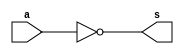
// ------------------------- 
// Exemplo0021
// Nome: Lucas Cardoso 
// -------------------------

// ------------------------- 
// -- C1 gate 
// ------------------------- 
module C1gate (output [7:0] s, input [7:0] a);
assign s = ~a ;
endmodule

// --------------------- 
// -- test and gate 
// --------------------- 
module testC1gate; 

// ------------------------- dados locais 
reg [7:0]a; // definir registradores 
wire [7:0]s; // definir conexao (fio) 

// ------------------------- instancia 
C1gate ComplementoDe1 (s,a);

// ------------------------- preparacao 
initial begin:start 
// atribuicao simultanea 
// dos valores iniciais 
a=8'b00000000;
end 

// ------------------------- parte principal 
initial begin 
$display("Exemplo0021 - Lucas Cardoso - 441694"); 
$display("Test C1gate"); 
$display("\na = s\n"); 
#1 $display("%8b = %8b", a, s); 
a = 2;
#1 $display("%8b = %8b", a, s); 
a = 4;
#1 $display("%8b = %8b", a, s);
a = 8; 
#1 $display("%8b = %8b", a, s);
a = 13; 
#1 $display("%8b = %8b", a, s);
a = 17; 
#1 $display("%8b = %8b", a, s); 
a = 29;
#1 $display("%8b = %8b", a, s); 
a = 46;
#1 $display("%8b = %8b", a, s); 
a = 69;
#1 $display("%8b = %8b", a, s); 
a = 73;
#1 $display("%8b = %8b", a, s); 
a = 97;
#1 $display("%8b = %8b", a, s); 
a = 179;
#1 $display("%8b = %8b", a, s); 

end 
endmodule // testandgate